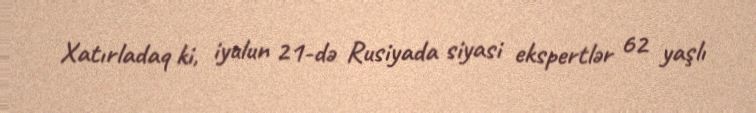
Xatırladaq ki, iyulun 21-də Rusiyada siyasi ekspertlər 62 yaşlı